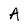
Character: A